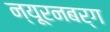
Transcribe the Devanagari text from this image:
न्यूरनबर्ग